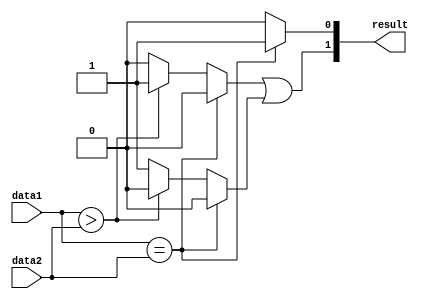
module inequality_comparator (
    input [7:0] data1,
    input [7:0] data2,
    output [1:0] result
);

reg [7:0] sum, diff;
reg equal, greater, less;

assign sum = data1 + data2;
assign diff = data1 - data2;

always @(*) begin
    if (data1 == data2) begin
        equal = 1;
        greater = 0;
        less = 0;
    end else if (data1 > data2) begin
        equal = 0;
        greater = 1;
        less = 0;
    end else begin
        equal = 0;
        greater = 0;
        less = 1;
    end
end

assign result[0] = equal;
assign result[1] = greater | less;

endmodule